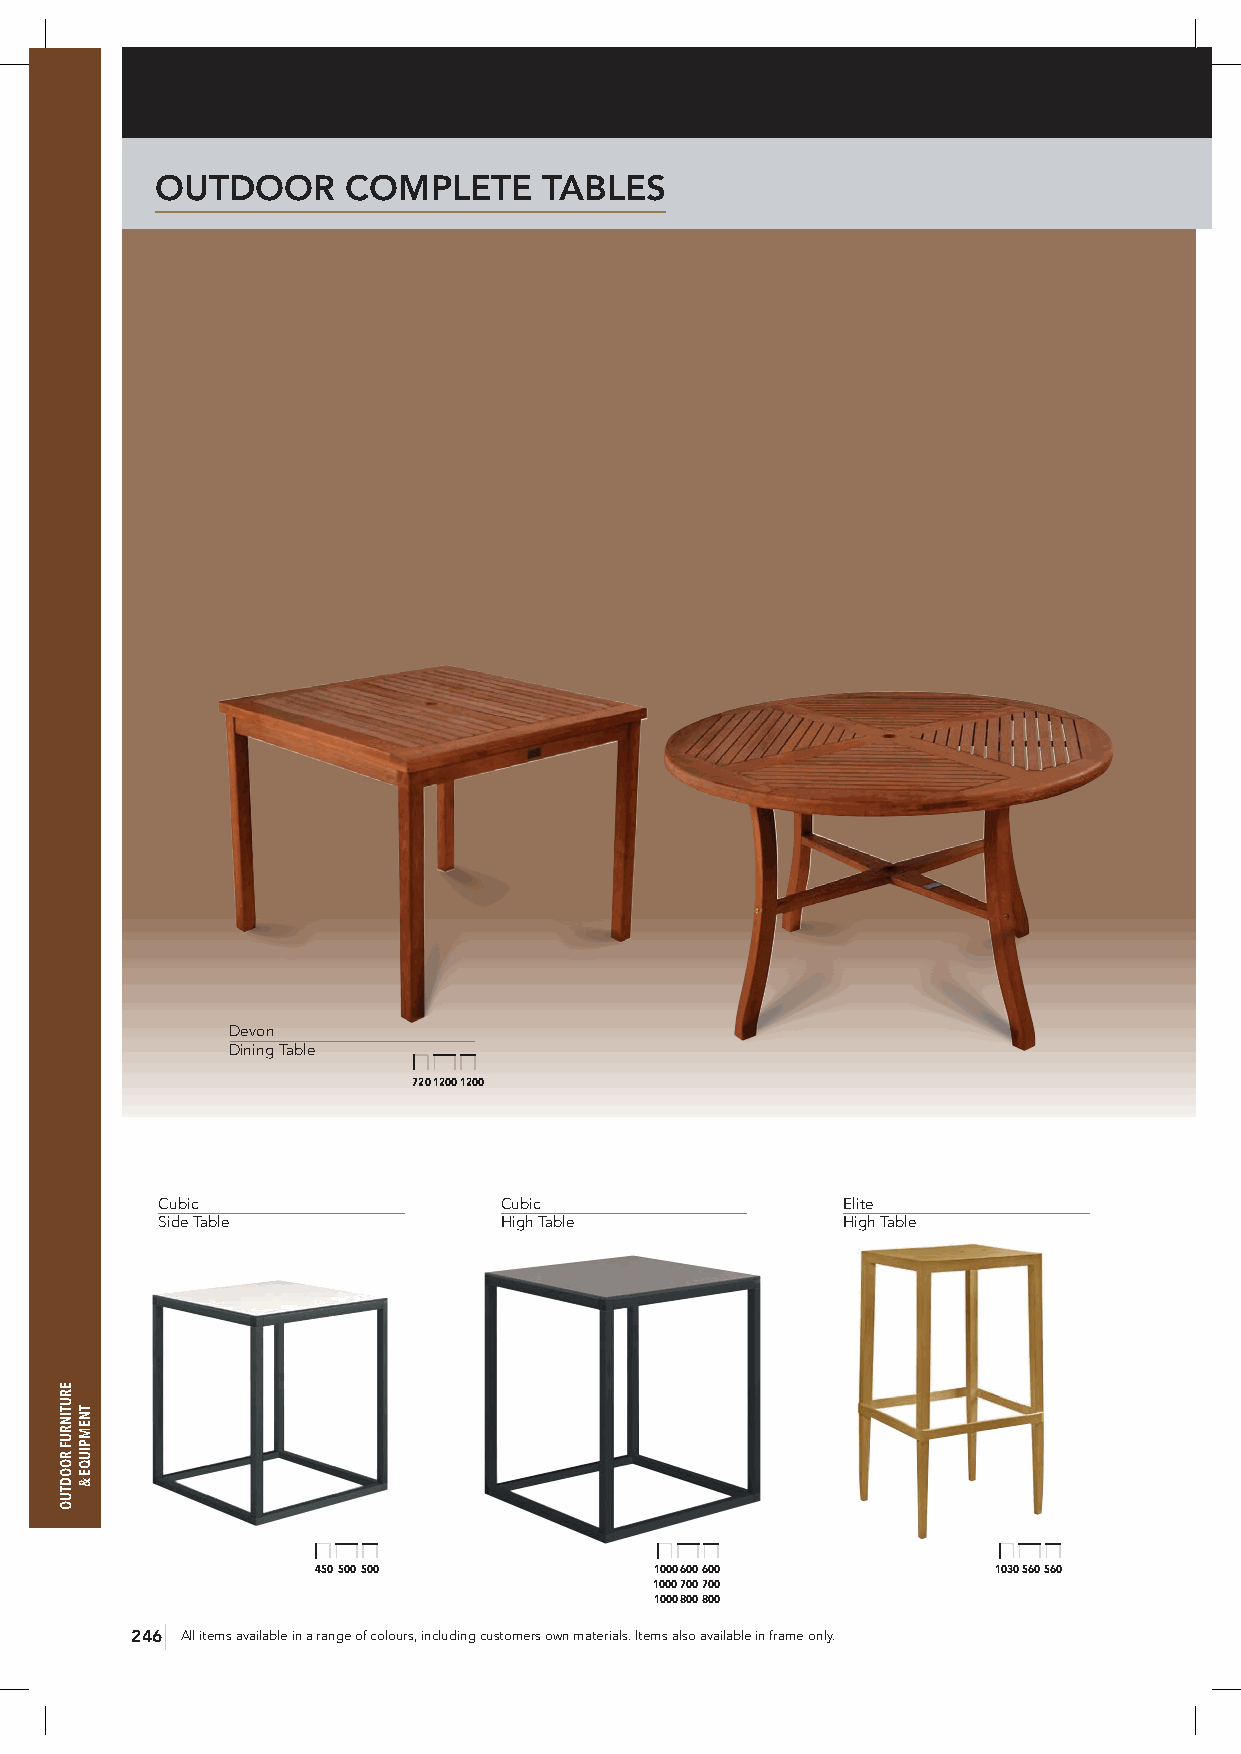
OUTDOOR      COMPLETE     TABLES
 Devon
 Dining Table
 720 1200 1200
 Cubic                  Cubic                  Elite
 Side Table             High Table             High Table
 450 500 500           1000 600 600           1030 560 560
 1000 700 700
 1000 800 800
 246 All items available in a range of colours, including customers own materials. Items also available in frame only.
 ERUTINRUF
 ROODTUO
 TNEMPIUQE
 &